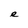
Character: e